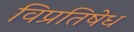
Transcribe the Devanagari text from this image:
विप्रतिषेध